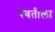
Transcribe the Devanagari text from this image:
रेवतीला